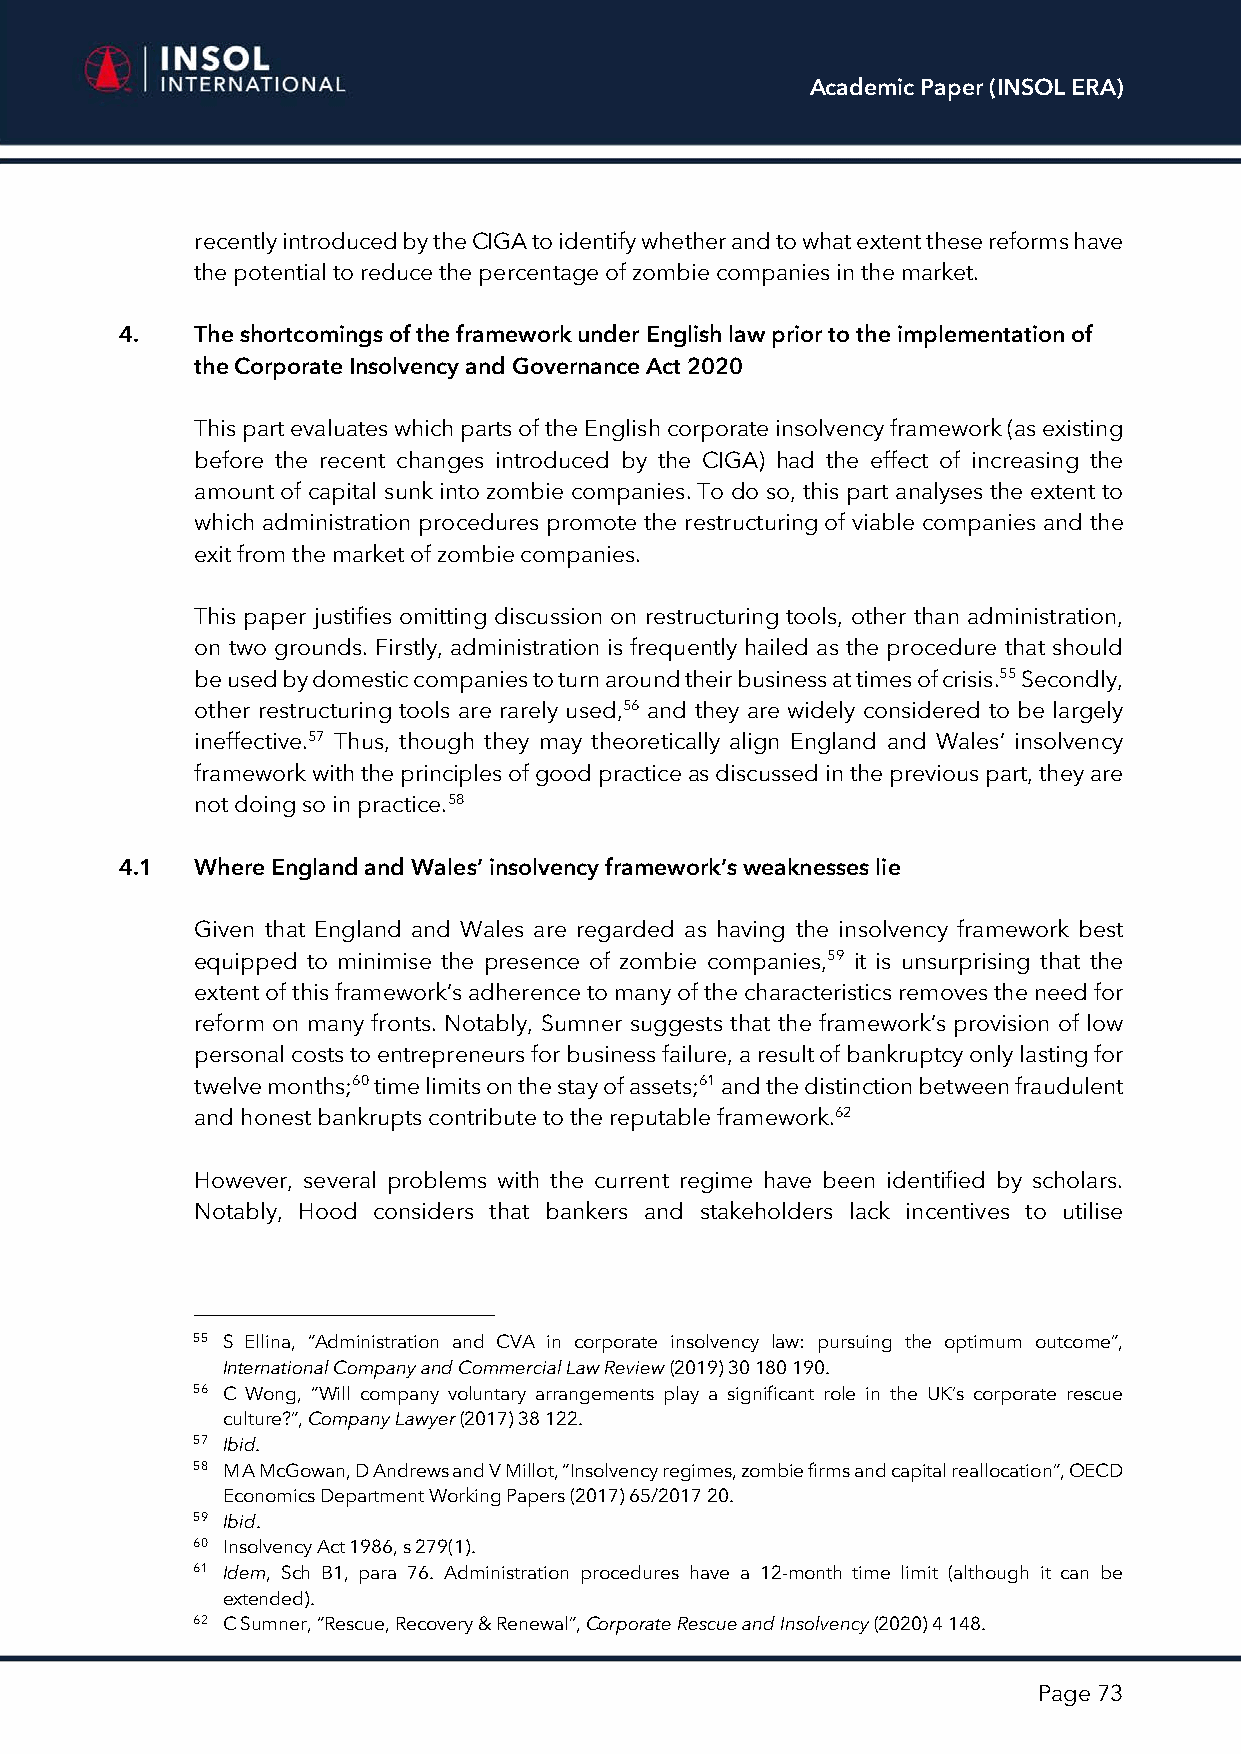
Academic Paper (INSOL ERA)
 recently introduced by the CIGA to identify whether and to what extent these reforms have
 the potential to reduce the percentage of zombie companies in the market.
 4.   The shortcomings of the framework under English law prior to the implementation of
 the Corporate Insolvency and Governance Act 2020
 This part evaluates which parts of the English corporate insolvency framework (as existing
 before the recent changes introduced by the CIGA) had the effect of increasing the
 amount of capital sunk into zombie companies. To do so, this part analyses the extent to
 which administration procedures promote the restructuring of viable companies and the
 exit from the market of zombie companies.
 This paper justifies omitting discussion on restructuring tools, other than administration,
 on two grounds. Firstly, administration is frequently hailed as the procedure that should
 be used by domestic companies to turn around their business at times of crisis.55 Secondly,
 other restructuring tools are rarely used,56 and they are widely considered to be largely
 ineffective.57 Thus, though they may theoretically align England and Wales’ insolvency
 framework with the principles of good practice as discussed in the previous part, they are
 not doing so in practice.58
 4.1  Where England and Wales’ insolvency framework’s weaknesses lie
 Given that England and Wales are regarded as having the insolvency framework best
 equipped to minimise the presence of zombie companies,59 it is unsurprising that the
 extent of this framework’s adherence to many of the characteristics removes the need for
 reform on many fronts. Notably, Sumner suggests that the framework’s provision of low
 personal costs to entrepreneurs for business failure, a result of bankruptcy only lasting for
 twelve months;60 time limits on the stay of assets;61 and the distinction between fraudulent
 and honest bankrupts contribute to the reputable framework.62
 However, several problems with the current regime have been identified by scholars.
 Notably, Hood considers that bankers and stakeholders lack incentives to utilise
 55 S Ellina, “Administration and CVA in corporate insolvency law: pursuing the optimum outcome”,
 International Company and Commercial Law Review (2019) 30 180 190.
 56 C Wong, “Will company voluntary arrangements play a significant role in the UK’s corporate rescue
 culture?”, Company Lawyer (2017) 38 122.
 57 Ibid.
 58 M A McGowan, D Andrews and V Millot, “Insolvency regimes, zombie firms and capital reallocation”, OECD
 Economics Department Working Papers (2017) 65/2017 20.
 59 Ibid.
 60 Insolvency Act 1986, s 279(1).
 61 Idem, Sch B1, para 76. Administration procedures have a 12-month time limit (although it can be
 extended).
 62 C Sumner, “Rescue, Recovery & Renewal”, Corporate Rescue and Insolvency (2020) 4 148.
 Page 73